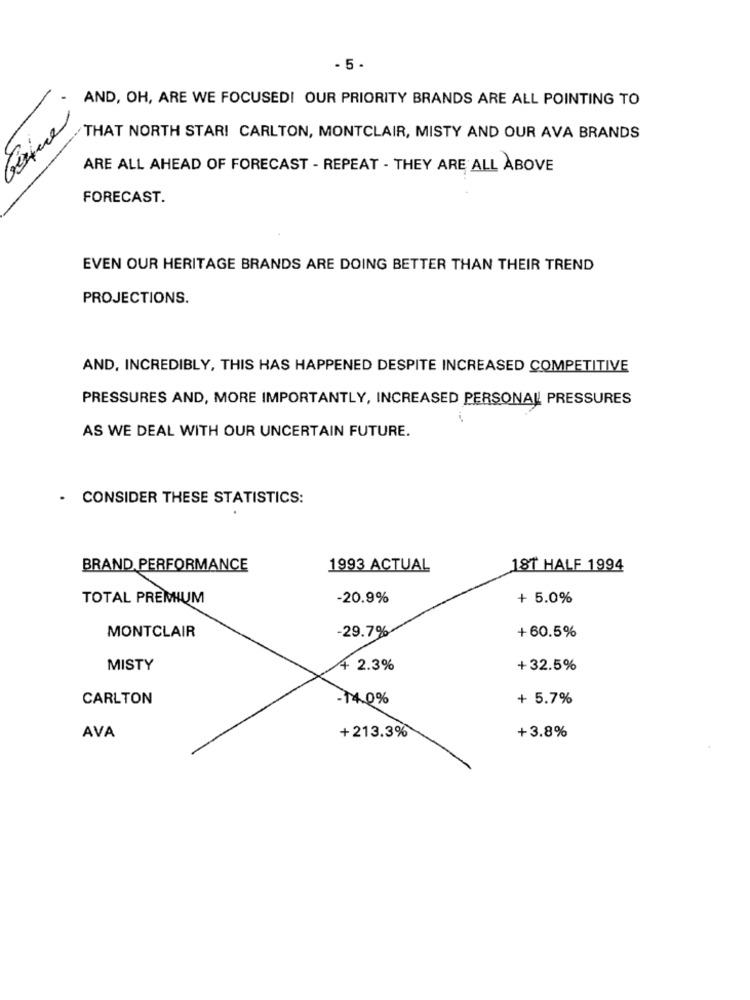
- 5 -
AND, OH, ARE WE FOCUSED! OUR PRIORITY BRANDS ARE ALL POINTING TO
THAT NORTH STAR! CARLTON, MONTCLAIR, MISTY AND OUR AVA BRANDS
ARE ALL AHEAD OF FORECAST - REPEAT - THEY ARE ALL ABOVE
FORECAST.
EVEN OUR HERITAGE BRANDS ARE DOING BETTER THAN THEIR TREND
PROJECTIONS.
AND, INCREDIBLY, THIS HAS HAPPENED DESPITE INCREASED COMPETITIVE
PRESSURES AND, MORE IMPORTANTLY, INCREASED PERSONALL PRESSURES
AS WE DEAL WITH OUR UNCERTAIN FUTURE.
- CONSIDER THESE STATISTICS:
BRAND PERFORMANCE
1993 ACTUAL
181 HALF 1994
TOTAL PREMIUM
-20.9%
+ 5.0%
MONTCLAIR
-29.7%
+60.5%
MISTY
+ 2.3%
+32.5%
CARLTON
-14.0%
+ 5.7%
AVA
+213.3%
+3.8%